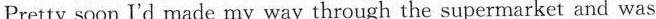
Pretty soon I'd made my way through the supermarket and was